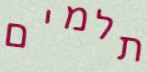
תלמים